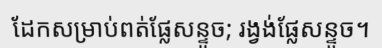
ដែកសម្រាប់ពត់ផ្លែសន្ទូច; រង្វង់ផ្លែសន្ទូច។